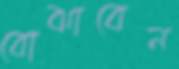
বোঝাবেন